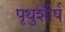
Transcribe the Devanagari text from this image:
पृथुशीर्ष